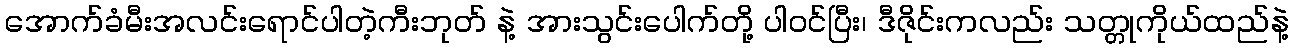
အောက်ခံမီးအလင်းရောင်ပါတဲ့ကီးဘုတ် နဲ့ အားသွင်းပေါက်တို့ ပါဝင်ပြီး၊ ဒီဇိုင်းကလည်း သတ္တုကိုယ်ထည်နဲ့